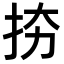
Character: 𢫉